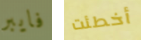
فايبر أخطئت